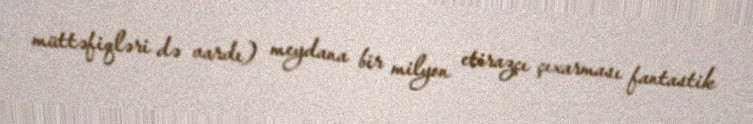
müttəfiqləri də vardı) meydana bir milyon etirazçı çıxarması fantastik